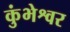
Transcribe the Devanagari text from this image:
कुंभेश्वर